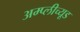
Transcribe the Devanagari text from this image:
अम्प्लीच्यूड